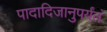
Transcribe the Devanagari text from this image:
पादादिजानुपर्यंतं